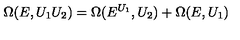
\Omega ( E , U _ { 1 } U _ { 2 } ) = \Omega ( E ^ { U _ { 1 } } , U _ { 2 } ) + \Omega ( E , U _ { 1 } )